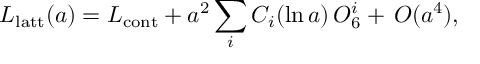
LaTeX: { \cal L } _ { \mathrm { l a t t } } ( a ) = { \cal L } _ { \mathrm { c o n t } } + a ^ { 2 } \sum _ { i } C _ { i } ( \ln a ) \, { \cal O } _ { 6 } ^ { i } + \, O ( a ^ { 4 } ) ,